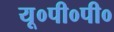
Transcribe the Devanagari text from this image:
यू०पी०पी०